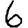
Digit: 6